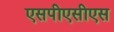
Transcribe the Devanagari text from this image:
एसपीएसीएस